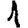
Digit: 1